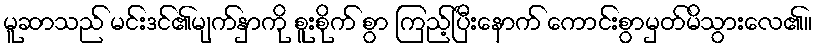
မူဆာသည် မင်းဒင်၏မျက်နှာကို စူးစိုက် စွာ ကြည့်ပြီးနောက် ကောင်းစွာမှတ်မိသွားလေ၏။